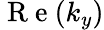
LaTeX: \mathrm{~R~e~}(k_{y})